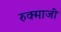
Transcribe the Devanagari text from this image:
रुक्माजी